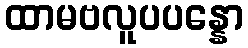
ထာမဗလူပပန္နော